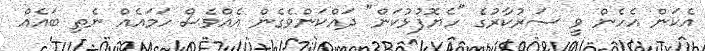
އެކަން އެހެން ވީ ސަރުކާރުގެ "ހެޔޮފުޅުކަން" ދައްކަންވެގެން އެއްވެސް ހަމައެއް ނެތި ބައެއް